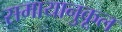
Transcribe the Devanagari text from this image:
समायानुकूल